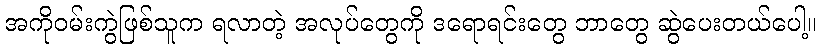
အကိုဝမ်းကွဲဖြစ်သူက ရလာတဲ့ အလုပ်တွေကို ဒရောရင်းတွေ ဘာတွေ ဆွဲပေးတယ်ပေါ့။